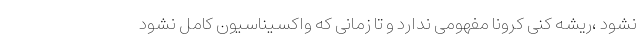
نشود ،ریشه کنی کرونا مفهومی ندارد و تا زمانی که واکسیناسیون کامل نشود